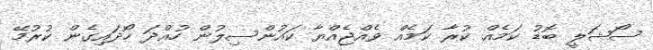
ސޯޝަލީ ބޮޑު ކަމެއް ކުރާ ކަމެއް ވެއްޖެއްޔާ ކައުންސިލުން ހުއްދަ ހޯދައިގެން ކުރުމޭ